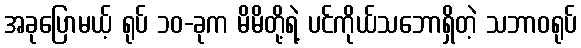
အခုပြောမယ့် ရုပ် ၁၀-ခုက မိမိတို့ရဲ့ ပင်ကိုယ်သဘောရှိတဲ့ သဘာဝရုပ်